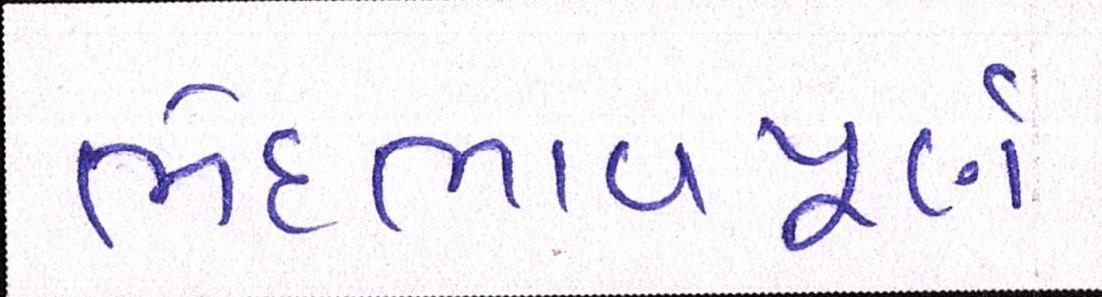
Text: ભેદભાવપૂર્ણ